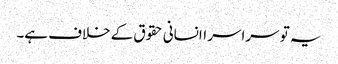
یہ تو سراسر اانسانی حقوق کے خلاف ہے۔